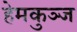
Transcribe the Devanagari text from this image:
हेमकुञ्ज